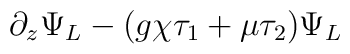
\partial_z \Psi_L - (g\chi\tau_1 + \mu\tau_2) \Psi_L